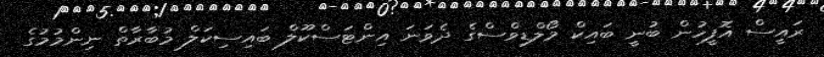
ރައީސް އޮފީހުން ބުނީ ބައިކް މޯލްޑިވްސްގެ ދެވަނަ އިންޓަސްކޫލް ބައިސިކަލް މުބާރާތް ނިންމުމުގެ